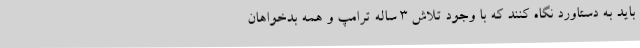
باید به دستاورد نگاه کنند که با وجود تلاش 3 ساله ترامپ و همه بدخواهان